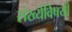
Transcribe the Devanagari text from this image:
संख्येविषयी